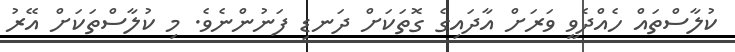
ކުލާސްތައް ހެއްދެވީ ވަރަށް އާދައިގެ ގޮތަކަށް ދަނޑި ފަނުންނެވެ. މި ކުލާސްތަކަށް އޭރު